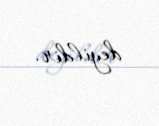
deyildir.